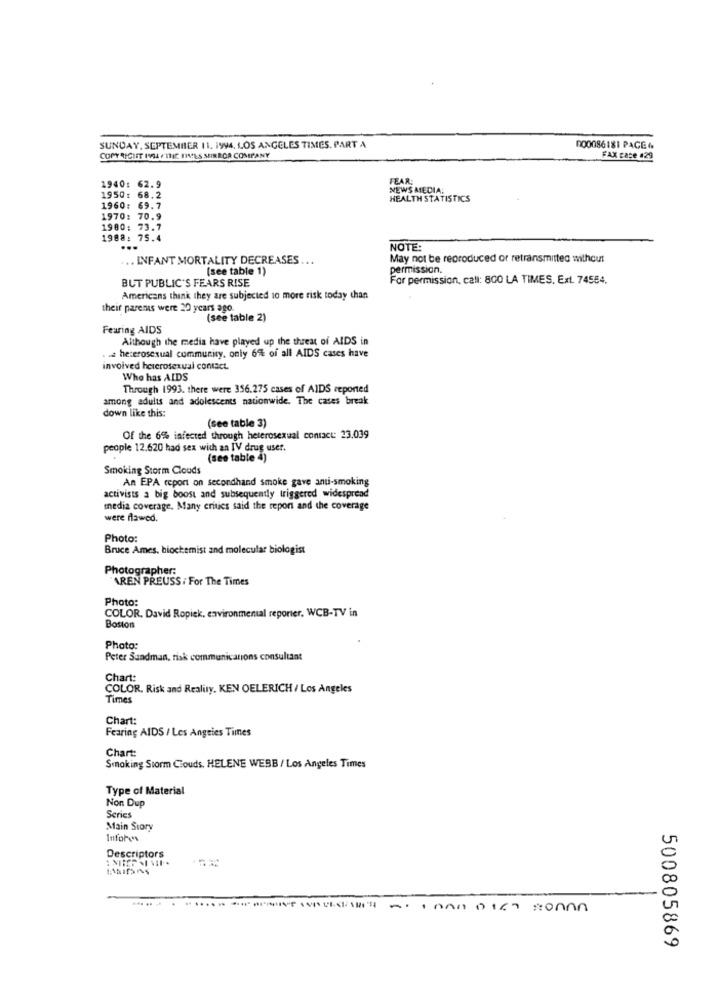
SUNDAY, SEPTEMBER 11. 1994. LOS ANGELES TIMES, PART A
000086181 PACE &
COPY RIGHET IVA4 P'THE FINALS MIRROR COMPANY
FAX case 129
FEAR:
1940: 62.9
NEWS MEDIA:
1950: 68.2
HEALTH STATISTICS
1960: 69.7
1970: 70.9
1980: 73.7
1988: 75.4
...
NOTE:
... INFANT MORTALITY DECREASES ...
May not be reproduced or retransmitted without
(see table 1)
permission.
BUT PUBLIC'S FEARS RISE
For permission, call: 800 LA TIMES, Ext. 74554.
Americans think they are subjected 10 more risk today than
their parents were 20 years ago.
(see table 2)
Fearing AIDS
Although the media have played up the threat of AIDS in
« a heterosexual community, only 6% of all AIDS cases have
involved heterosexual contact.
Who has AIDS
Through 1993. there were 356.275 cases of AIDS reported
among adults and adolescents nationwide. The cases break
down like this:
(see table 3)
Of the 6% infected through heterosexual contact: 23.039
people 12.620 had sex with an IV drug user.
(see table 4)
Smoking Storm Clouds
An EPA report on secondhand smoke gave anti-smoking
activists a big boost and subsequently triggered widespread
media coverage. Many critics said the report and the coverage
were flawed.
Photo:
Bruce Ames, biochemist and molecular biologist
Photographer:
"AREN PREUSS / For The Times
Photo:
COLOR. David Ropiek, environmental reporter. WCB-TV in
Boston
Photo:
Peter Sandman, risk communications consultant
Chart:
COLOR. Risk and Reality, KEN OELERICH / Los Angeles
Times
Chart:
Fearing AIDS / Les Angeles Times
Chart:
Smoking Storm Clouds, HELENE WEBB / Los Angeles Times
Type of Material
Non Dup
Series
Main Story
Inforos
Descriptors
---
500805869